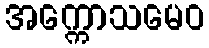
အက္ကောသမေဝ